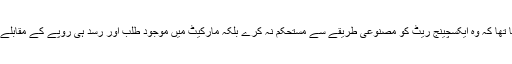
آئی ایم ایف نے پاکستان سے کہا تھا کہ وہ ایکسچینج ریٹ کو مصنوعی طریقے سے مستحکم نہ کرے بلکہ مارکیٹ میں موجود طلب اور رسد ہی روپے کے مقابلے میں ڈالر کی قدر کا تعین کرے۔